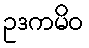
ဥဒကမိဝ